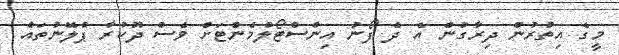
މީގެ އިތުރުން ދިރާގުން އެ ދެ ފޯނު އިންސްޓޯލްމެންޓަށް ވެސް ދޫކުރާ ޕްލޭނުތައް